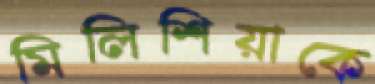
মিলিশিয়াকে